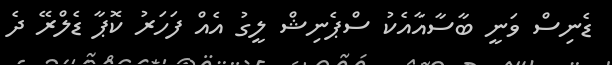
ޑެނިސް ވަނީ ބާސާއާއެކު ސްޕެނިޝް ލީގު އެއް ފަހަރު ކޮޕާ ޑެލްރޭ ދެ